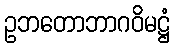
ဥဘတောဘာဂဝိမဋ္ဌံ